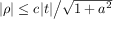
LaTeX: \textstyle | \rho | \leq c | t | { \big / } { \sqrt { 1 + a ^ { 2 } } }